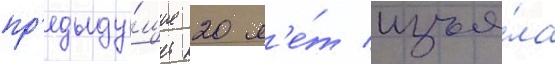
пр'едыду́щие 20 л'е́т изъя́ла